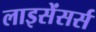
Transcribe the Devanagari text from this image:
लाइसेंसर्स